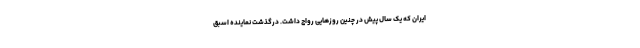
ایران که یک‌ سال پیش در چنین روزهایی رواج داشت. درگذشت نماینده اسبق